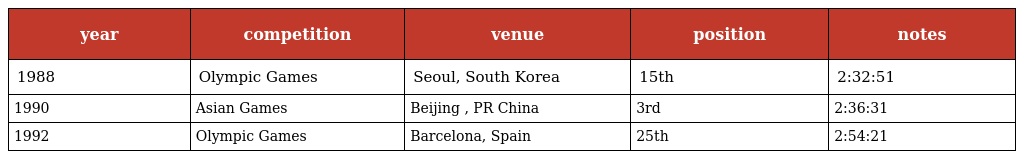
| year | competition | venue | position | notes |
 | --- | --- | --- | --- | --- |
 | 1988 | Olympic Games | Seoul, South Korea | 15th | 2:32:51 |
 | 1990 | Asian Games | Beijing , PR China | 3rd | 2:36:31 |
 | 1992 | Olympic Games | Barcelona, Spain | 25th | 2:54:21 |